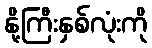
နို့ကြီးနှစ်လုံးကို